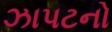
ઝાપટનો